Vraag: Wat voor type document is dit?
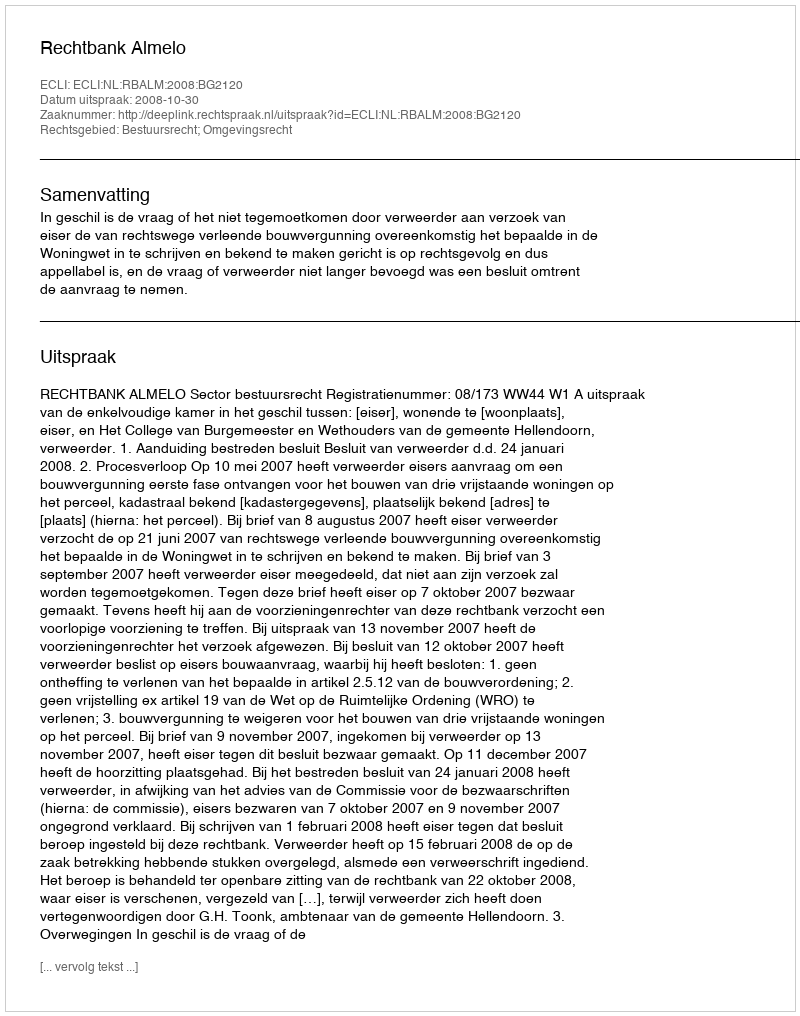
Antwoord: Uitspraak